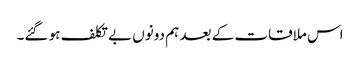
اس ملاقات کے بعد ہم دونوں بے تکلف ہو گئے۔